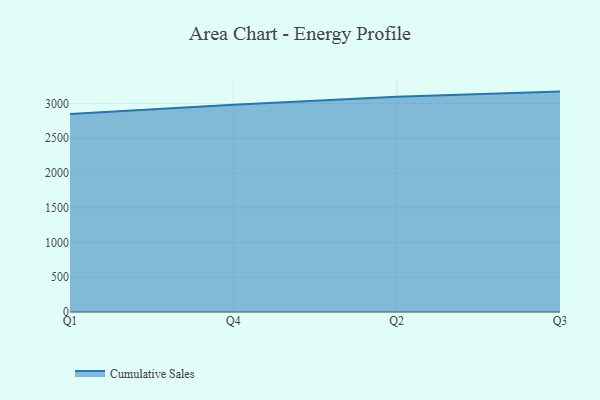
{"axis": {"x": "Quarter", "y": "Active Users"}, "legend": ["Cumulative Sales"], "data": [{"x": "Q1", "y": 2850.1, "type": "Cumulative Sales"}, {"x": "Q4", "y": 2981.4, "type": "Cumulative Sales"}, {"x": "Q2", "y": 3095.3, "type": "Cumulative Sales"}, {"x": "Q3", "y": 3170.8, "type": "Cumulative Sales"}]}